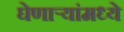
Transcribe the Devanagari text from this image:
घेणार्‍यांमध्ये